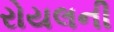
રોયલની